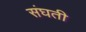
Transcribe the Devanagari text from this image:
संघती